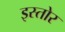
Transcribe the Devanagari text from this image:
इस्तोर